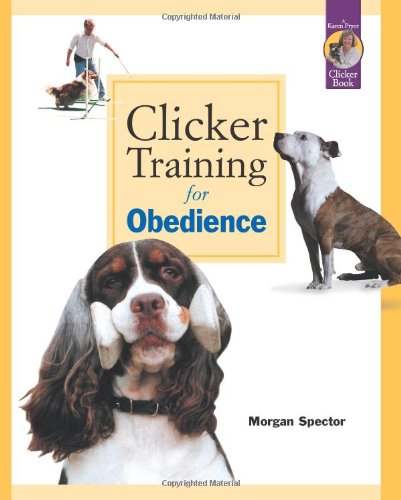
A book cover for Clicker Training for Obedience; Morgan Spector; Sports & Outdoors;